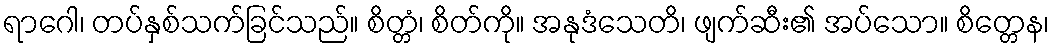
ရာဂေါ၊ တပ်နှစ်သက်ခြင်သည်။ စိတ္တံ၊ စိတ်ကို။ အနုဒံသေတိ၊ ဖျက်ဆီး၏ အပ်သော။ စိတ္တေန၊